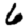
Digit: 6